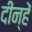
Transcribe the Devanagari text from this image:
दीन्‍हें